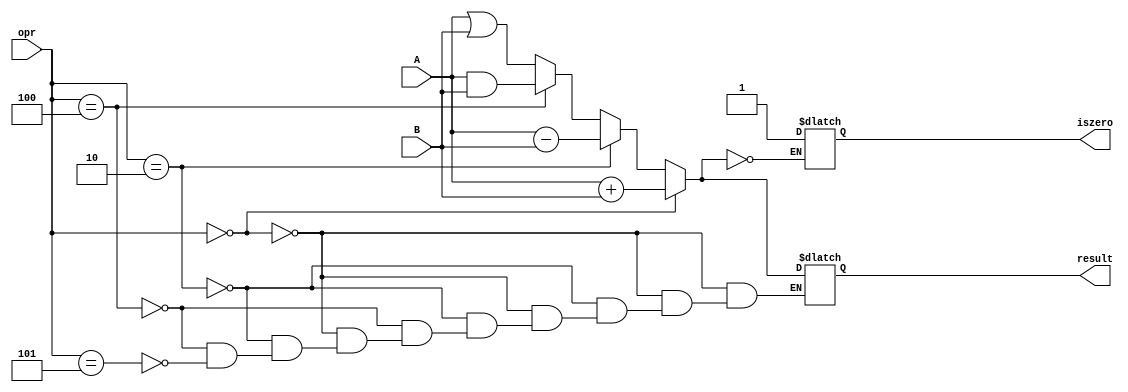
module ALU(opr,A,B,result,iszero);
input [2:0] opr; input [7:0]A,B;
output [7:0]result; output iszero;
reg [7:0] result; reg iszero;
always @(*) begin
if(opr==0)
 result=A+B;
else if(opr==2)
 result=A-B;
else if(opr==4)
 result=A&B;
else if(opr==5)
 result=A|B;
if(result == 0) iszero = 1;
end
endmodule